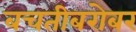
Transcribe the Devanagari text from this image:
बचतीबरोबर